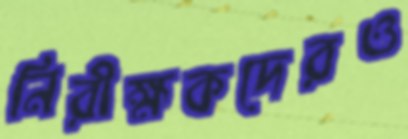
নিরীক্ষকদেরও